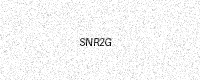
Text: SNR2G